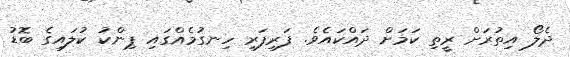
ދެލޯ އިތުރަށް ރީތި ކަމަށް ދައްކައެވެ. ފަރިފަރި ހިނގުމެއްގައި ޕިންކު ކުލައިގެ ބޮޑު